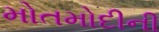
મોતમોદીની